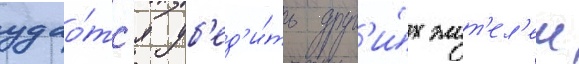
удао́тс'я уб'ед'и́ть друг'и́х жит'ел'еи